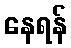
နေရန်